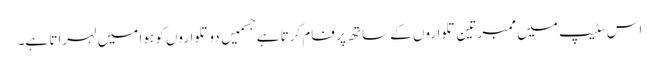
اس سٹیپ میں ممبر تین تلواروں کے ساتھ پر فام کرتا ہے جسمیں دو تلواروں کو ہوا میں لہراتا ہے۔